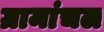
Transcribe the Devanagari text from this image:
ग्रामांचल